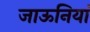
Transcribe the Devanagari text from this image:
जाऊनियां